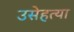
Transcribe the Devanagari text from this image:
उसेहत्या